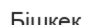
Бішкек